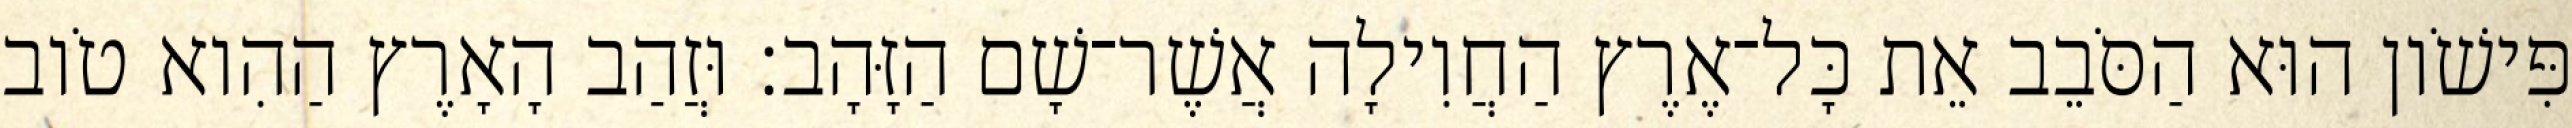
פִּישֹׁון הוּא הַסֹּבֵב אֵת כָּל־אֶרֶץ הַחֲוִילָה אֲשֶׁר־שָׁם הַזָּהָב׃ וּזֲהַב הָאָרֶץ הַהִוא טֹוב